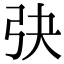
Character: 𢎹